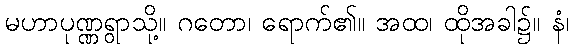
မဟာပုဏ္ဏရွာသို့။ ဂတော၊ ရောက်၏။ အထ၊ ထိုအခါ၌။ နံ၊